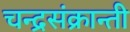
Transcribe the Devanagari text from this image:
चन्द्रसंक्रान्ती